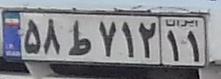
۵۸ط۷۱۲۱۱